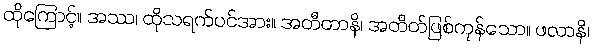
ထိုကြောင့်။ အဿ၊ ထိုသရက်ပင်အား။ အတီတာနိ၊ အတိတ်ဖြစ်ကုန်သော။ ဖလာနိ၊